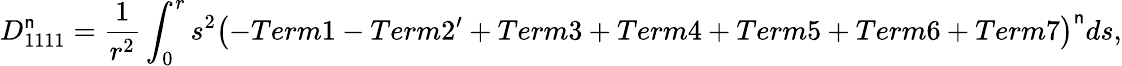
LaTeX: D_{1111}^{\mathsf{n}}=\frac{{1}}{{r^{2}}}\int_{0}^{r}s^{2}\left(-Term1-Term2^{\prime}+Term3+Term4+Term5+Term6+Term7\right)^{\mathsf{n}}ds,